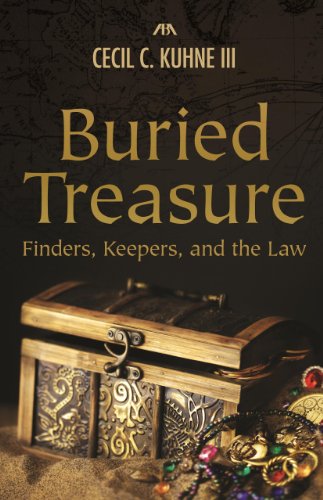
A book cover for Buried Treasure: Finders, Keepers, and the Law; Cecil C., III Kuhne ; Law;